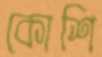
কোশি